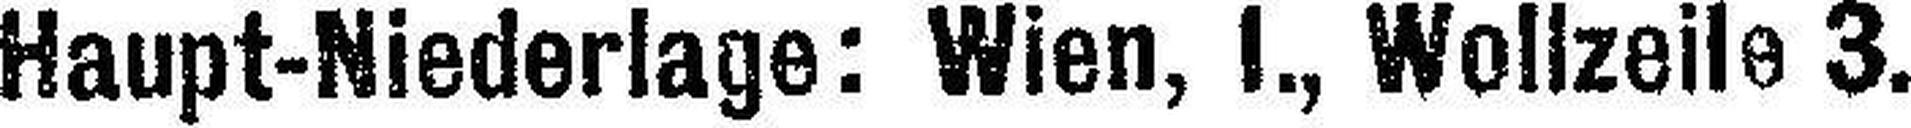
Haupt-Niederlage: Wien, I., Wollzeile 3.